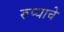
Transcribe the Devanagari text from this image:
रुप्याचे